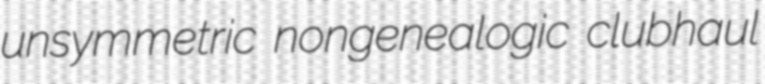
unsymmetric nongenealogic clubhaul